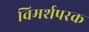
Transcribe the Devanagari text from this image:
विमर्शपरक